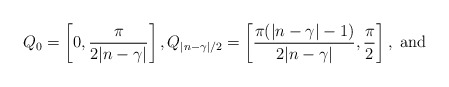
\begin{align*}Q_0=\left[0,\frac{\pi}{2|n-\gamma|}\right ], Q_{|n-\gamma|/2}=\left[\frac{\pi(|n-\gamma|-1)}{2 |n-\gamma|} ,\frac{\pi}{2}\right],\ {\rm and}\end{align*}